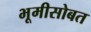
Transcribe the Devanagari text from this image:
भूमीसोबत